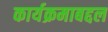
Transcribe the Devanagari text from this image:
कार्यक्रमाबद्दल